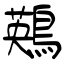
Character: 鶧